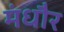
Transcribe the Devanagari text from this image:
मंधौर